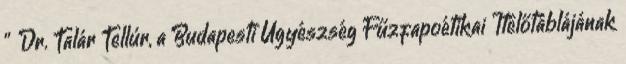
” Dr. Talár Tellúr, a Budapesti Ügyészség Fűzfapoétikai Ítélőtáblájának